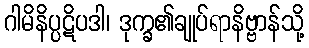
ဂါမိနိပ္ပဋိပဒါ၊ ဒုက္ခ၏ချုပ်ရာနိဗ္ဗာန်သို့